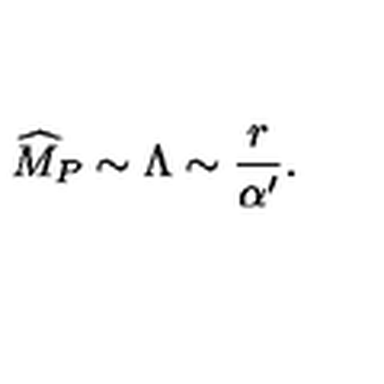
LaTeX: { \widehat M } _ { P } \sim \Lambda \sim { \frac { r } { \alpha ^ { \prime } } } .